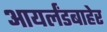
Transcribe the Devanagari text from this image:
आयर्लंडबाहेर